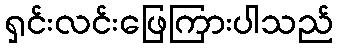
ရှင်းလင်းဖြေကြားပါသည်